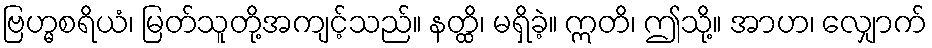
ဗြဟ္မစရိယံ၊ မြတ်သူတို့အကျင့်သည်။ နတ္ထိ၊ မရှိခဲ့။ ဣတိ၊ ဤသို့။ အာဟ၊ လျှောက်